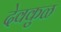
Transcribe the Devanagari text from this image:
देवकुळ